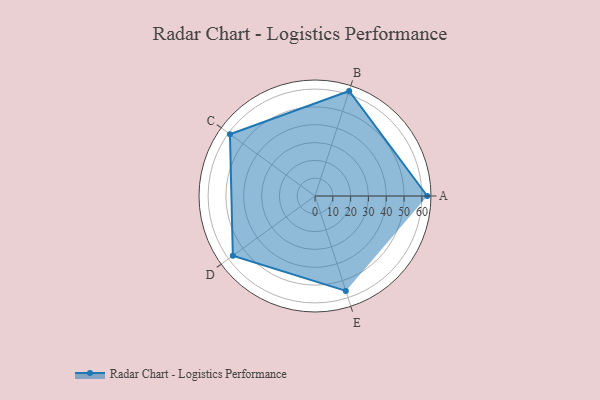
{"axis": {"x": "Skill", "y": "Score"}, "legend": ["Profile"], "data": [{"x": "A", "y": 63.0, "type": "Profile"}, {"x": "B", "y": 62.0, "type": "Profile"}, {"x": "C", "y": 59.0, "type": "Profile"}, {"x": "D", "y": 57.0, "type": "Profile"}, {"x": "E", "y": 56.0, "type": "Profile"}]}